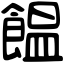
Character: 饂